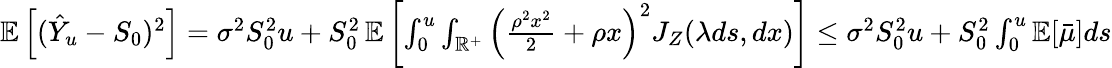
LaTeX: \begin{array}{r}{\mathbb{E}\left[(\hat{Y}_{u}-S_{0})^{2}\right]=\sigma^{2}S_{0}^{2}u+S_{0}^{2}\, \mathbb{E}\left[\int_{0}^{u}\int_{\mathbb{R}^{+}}\left(\frac{\rho^{2}x^{2}}{2}+\rho x\right)^{2}J_{Z}(\lambda ds,dx)\right]\leq\sigma^{2}S_{0}^{2}u+S_{0}^{2}\int_{0}^{u}\mathbb{E}[\bar{\mu}]ds}\end{array}